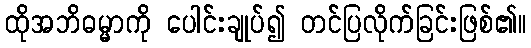
ထိုအဘိဓမ္မာကို ပေါင်းချုပ်၍ တင်ပြလိုက်ခြင်းဖြစ်၏။